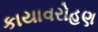
કાયાવરોહણ